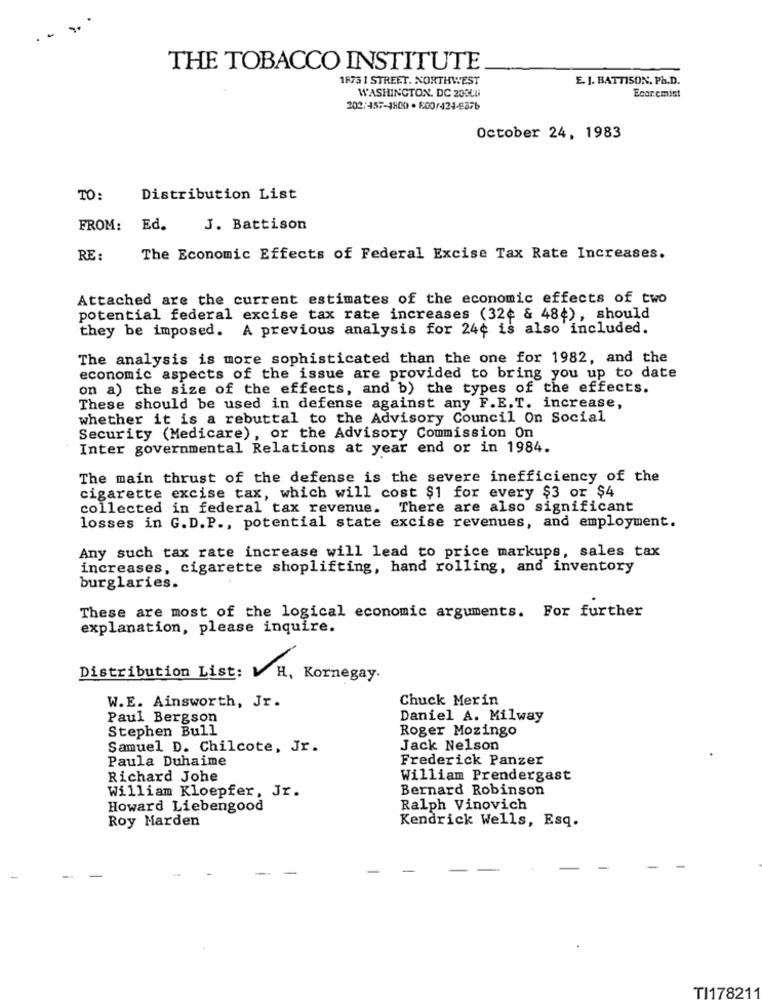
THE TOBACCO INSTITUTE
1875 1 STREET. NORTHWEST
E. J. BATTISON, Ph.D.
WASHINGTON, DC 20306
Ecarcmist
202/457-1800 . 800/424-8876
October 24, 1983
TO:
Distribution List
FROM:
Ed.
J. Battison
RE :
The Economic Effects of Federal Excise Tax Rate Increases.
Attached are the current estimates of the economic effects of two
potential federal excise tax rate increases (32¢ & 484), should
they be imposed. A previous analysis for 24¢ is also included.
The analysis is more sophisticated than the one for 1982, and the
economic aspects of the issue are provided to bring you up to date
on a) the size of the effects, and b) the types of the effects.
These should be used in defense against any F.E.T. increase,
whether it is a rebuttal to the Advisory Council On Social
Security (Medicare), or the Advisory Commission On
Inter governmental Relations at year end or in 1984.
The main thrust of the defense is the severe inefficiency of the
cigarette excise tax, which will cost $1 for every $3 or $4
collected in federal tax revenue. There are also significant
losses in G.D.P ., potential state excise revenues, and employment.
Any such tax rate increase will lead to price markups, sales tax
increases, cigarette shoplifting, hand rolling, and inventory
burglaries.
These are most of the logical economic arguments. For further
explanation, please inquire.
Distribution List: 1 H, Kornegay.
W.E. Ainsworth, Jr.
Chuck Merin
Paul Bergson
Daniel A. Milway
Stephen Bull
Roger Mozingo
Samuel D. Chilcote, Jr.
Jack Nelson
Paula Duhaime
Frederick Panzer
Richard Johe
William Prendergast
William Kloepfer, Jz.
Bernard Robinson
Howard Liebengood
Ralph Vinovich
Roy Marden
Kendrick Wells, Esq.
TI178211